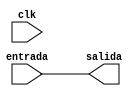
`timescale 1ns / 1ns

module pc(
    input [31:0] entrada,
    input clk,
    output reg [31:0] salida
);


always@(clk)
begin
    salida = entrada;
end

endmodule